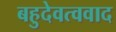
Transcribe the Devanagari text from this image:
बहुदेवत्ववाद